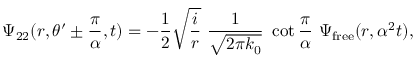
\Psi _ { 2 2 } ( r , \theta ^ { \prime } \pm { \frac { \pi } { \alpha } } , t ) = - { \frac { 1 } { 2 } } \sqrt { { \frac { i } { r } } } \, \, { \frac { 1 } { \sqrt { 2 \pi k _ { 0 } } } } \, \, \cot { \frac { \pi } { \alpha } } \, \, \Psi _ { \mathrm { { f r e e } } } ( r , \alpha ^ { 2 } t ) ,